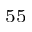
^ { 5 5 }